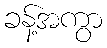
ခန့်အကွာ